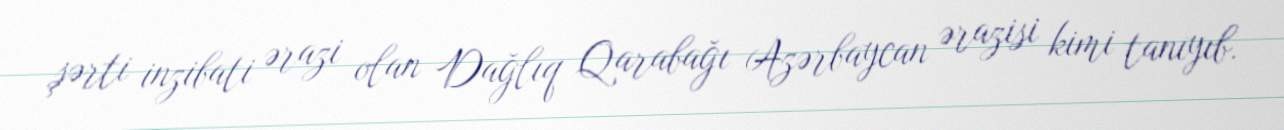
şərti inzibati ərazi olan Dağlıq Qarabağı Azərbaycan ərazisi kimi tanıyıb.